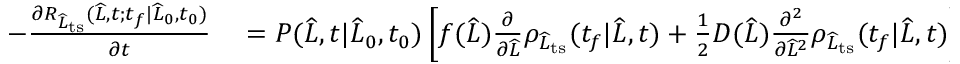
\begin{array} { r l } { - \frac { \partial R _ { \widehat { L } _ { \mathrm { t s } } } ( \widehat { L } , t ; t _ { f } | \widehat { L } _ { 0 } , t _ { 0 } ) } { \partial t } } & { { } = P ( \widehat { L } , t | \widehat { L } _ { 0 } , t _ { 0 } ) \left[ f ( \widehat { L } ) \frac { \partial } { \partial \widehat { L } } \rho _ { \widehat { L } _ { \mathrm { t s } } } ( t _ { f } | \widehat { L } , t ) + \frac { 1 } { 2 } D ( \widehat { L } ) \frac { \partial ^ { 2 } } { \partial \widehat { L } ^ { 2 } } \rho _ { \widehat { L } _ { \mathrm { t s } } } ( t _ { f } | \widehat { L } , t ) \right] } \end{array}